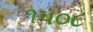
૧૫૦૮